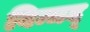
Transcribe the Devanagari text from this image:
विन्चद्